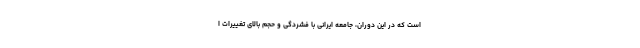
است که در این دوران، جامعه ایرانی با فشردگی و حجم بالای تغییرات ا